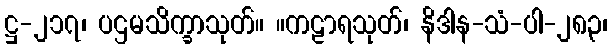
ဋ္ဌ-၂၁၇၊ ပဌမသိက္ခာသုတ်။ ။ကဠာရသုတ်၊ နိဒါန-သံ-ပါ-၂၈၃၊